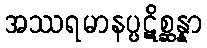
အဿရမာနပ္ပဋိစ္ဆန္နာ